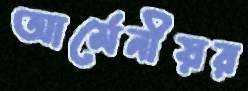
আর্মেনীয়র